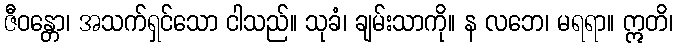
ဇီဝန္တော၊ အသက်ရှင်သော ငါသည်။ သုခံ၊ ချမ်းသာကို။ န လဘေ၊ မရရာ။ ဣတိ၊